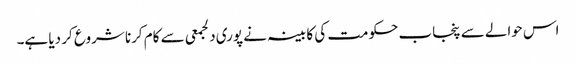
اس حوالے سے پنجاب حکومت کی کابینہ نے پوری دلجمعی سے کام کرنا شروع کر دیا ہے۔